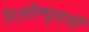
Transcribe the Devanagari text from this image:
रिज़ॉल्यूशनों